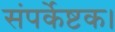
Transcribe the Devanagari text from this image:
संपर्केष्टक।